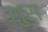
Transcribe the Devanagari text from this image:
शुरा